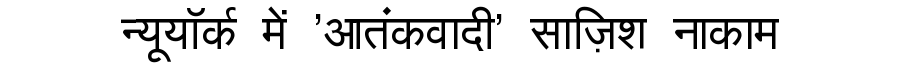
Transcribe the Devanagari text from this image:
न्यूयॉर्क में 'आतंकवादी' साज़िश नाकाम